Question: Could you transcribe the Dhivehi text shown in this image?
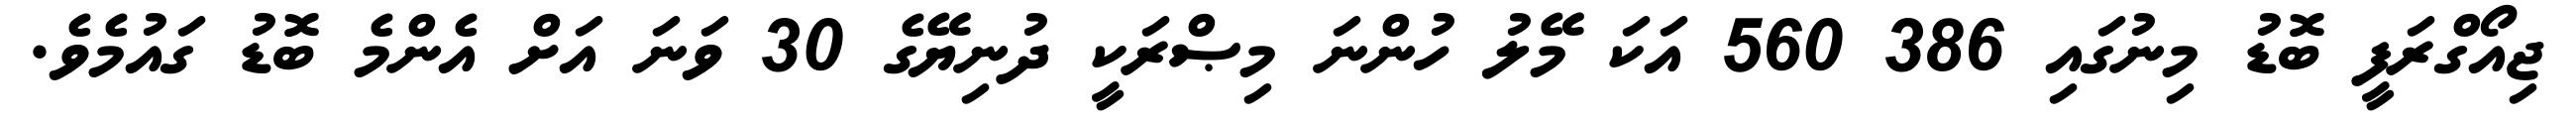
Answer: ޖިއޯގްރަފީ ބޮޑު މިނުގައި 386 560 އަކަ މޭލު ހުންނަ މިޞްރަކީ ދުނިޔޭގެ 30 ވަނަ އަށް އެންމެ ބޮޑު ގައުމެވެ.